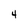
Character: 4